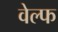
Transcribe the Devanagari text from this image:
वेल्फ